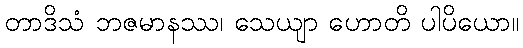
တာဒိသံ ဘဇမာနဿ၊ သေယျာ ဟောတိ ပါပိယော။